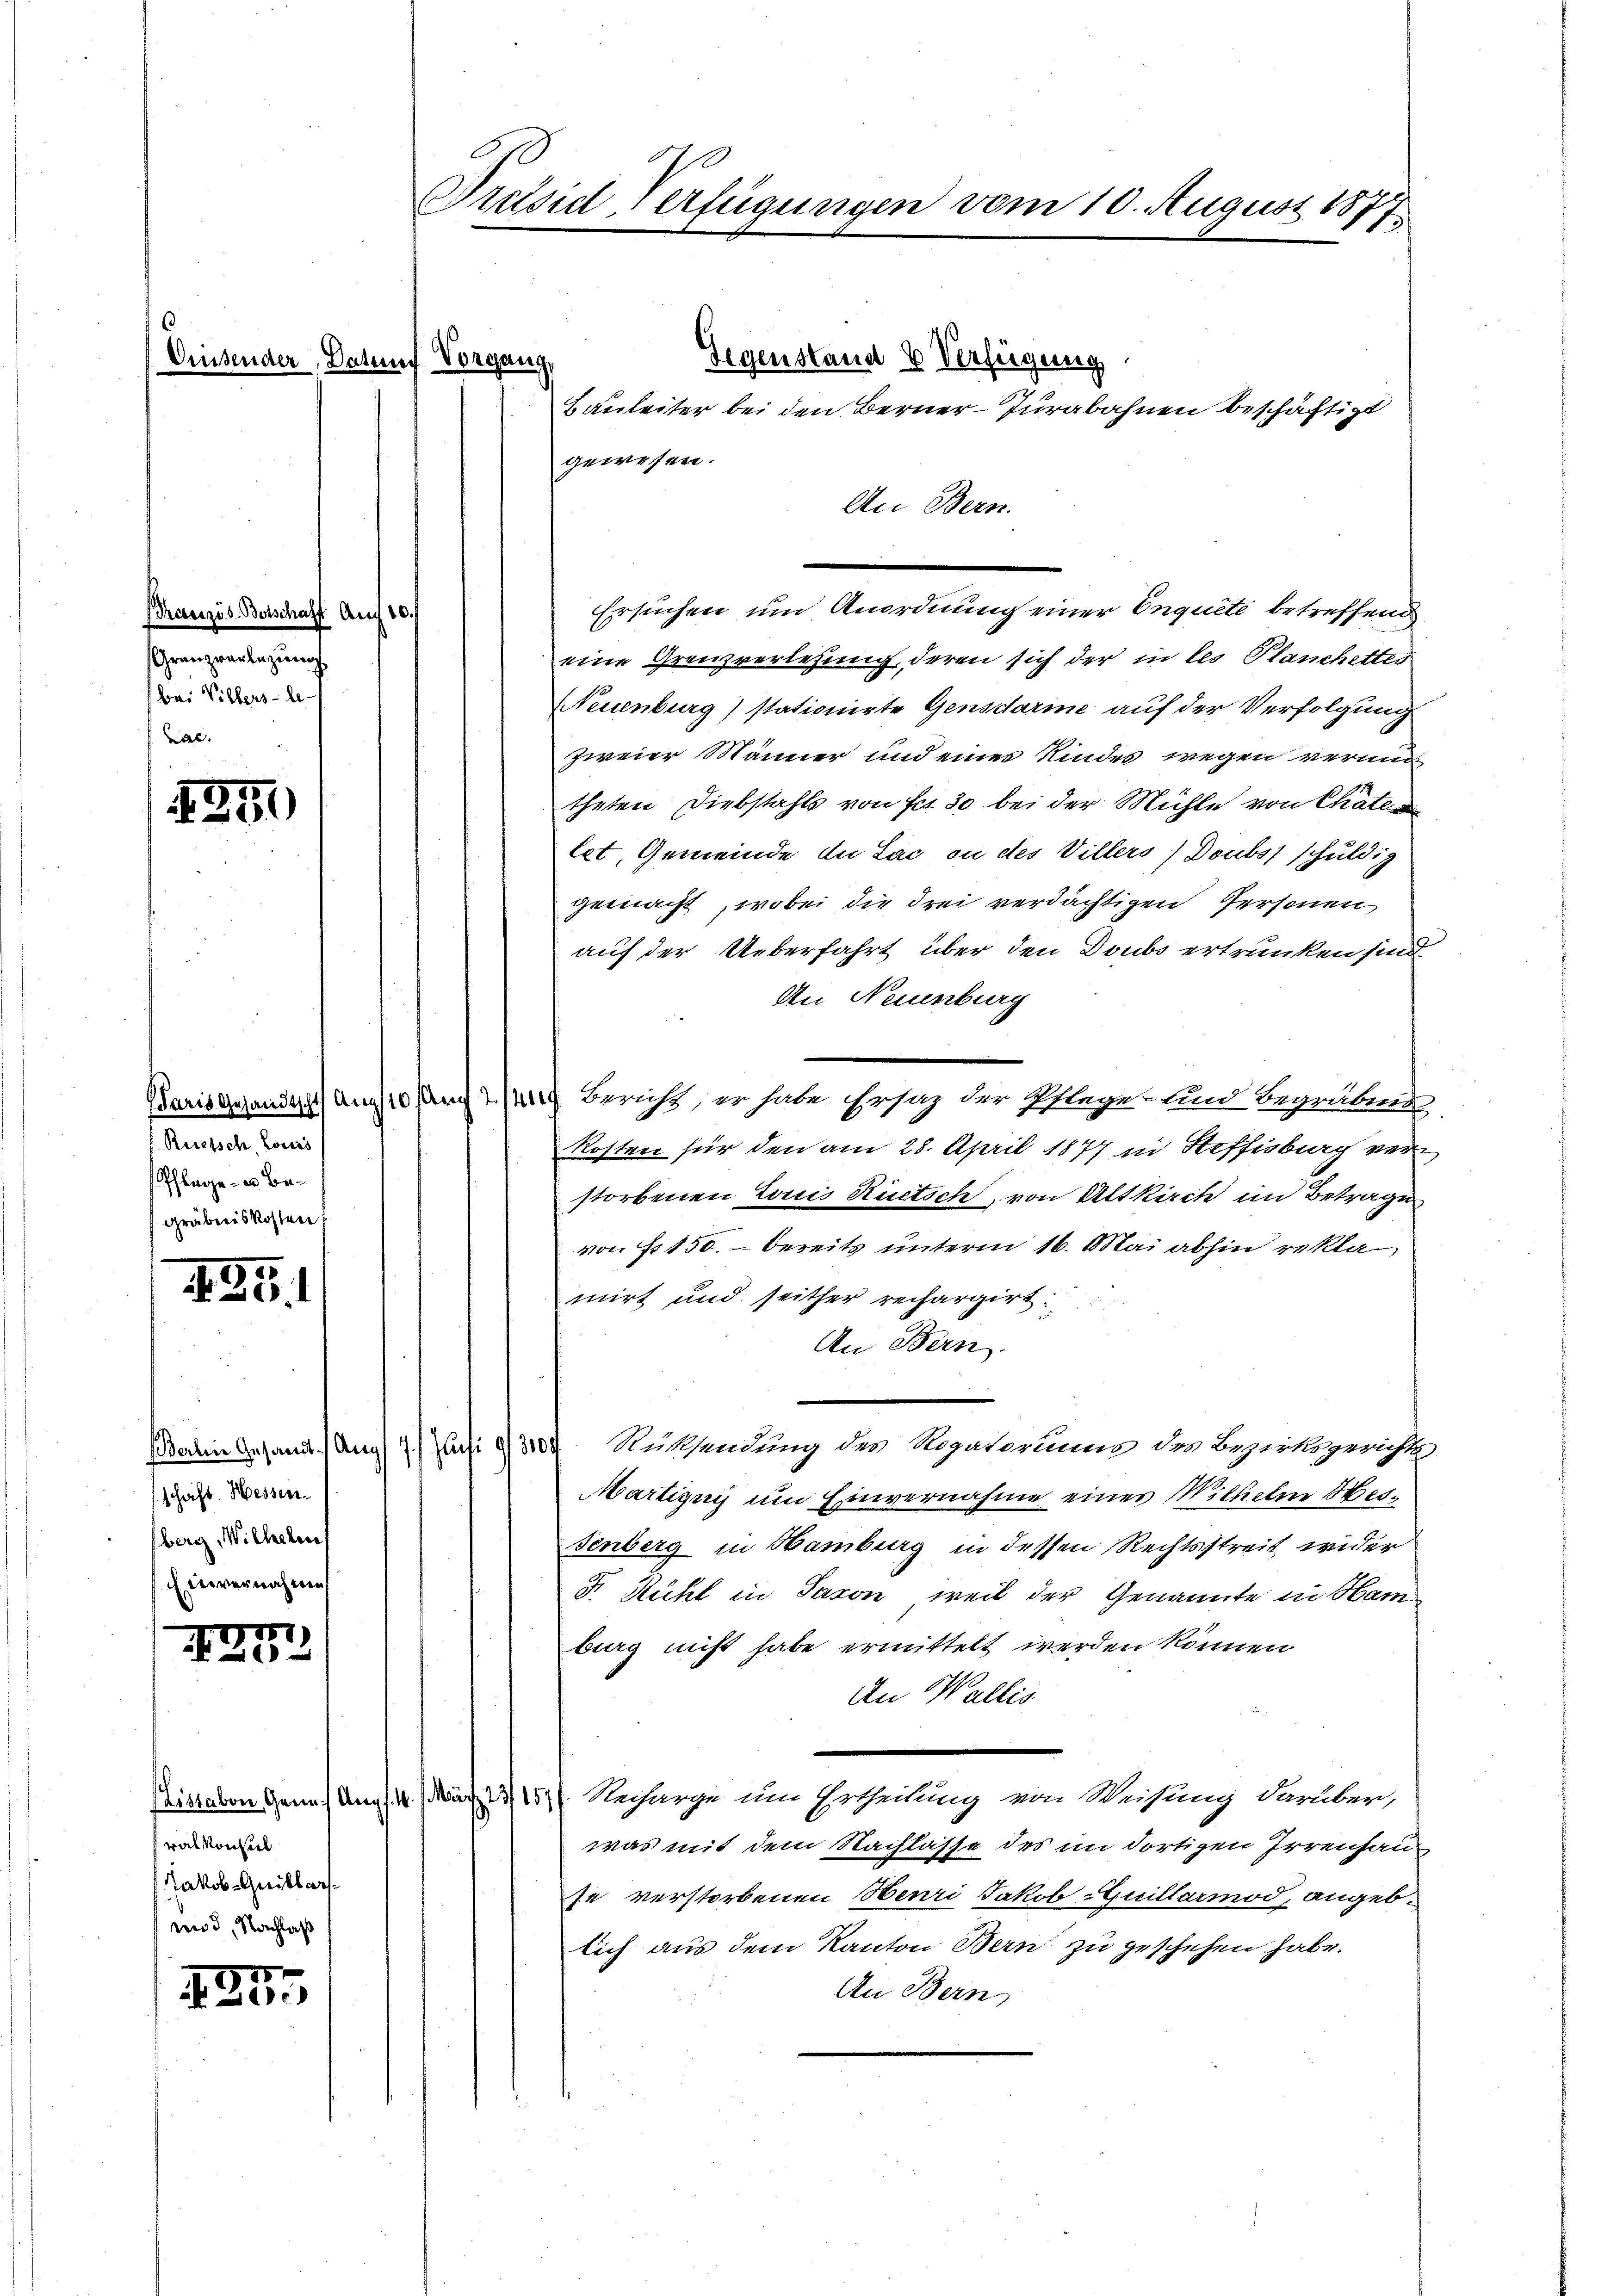
Eisender, Do

Französ. Botschaft An
Granzverlegung
bei Villers - be-

1251

Paris Gesandtscht An¬
Reietsch, Louiss
Pflage - u Begräbniskosten

425.

schäft. Hessen.
sberg, Wilhelm
Einvernahme

57.
423.

wal Konstel
Jakob Guillars¬
und, Nachlaß

515
a 200.

Präsid-Verfügungen vom 10. August 1877.

auf Vore

Gegenstand & Verfügung
gang
B anleiter bei den Berner-Turabahnen beschäftigt
gewesen.
An Bern.

Ersuchen um Anordnung einer Enquete betreffend
0
eine Grenzverlesung, deren sich der in les Planchetter
Neuenburg) stationirte Gensdarme auf der Verfolgung
zweier Männer und eines Kindes wegen vermi
theten Diebstahls von Fr. 30 bei der Mühle von Chäter
let, Gemeinde du Lac in des Villers) Doubs schuldig
gemacht, wobei die drei verdächtigen Personen
auf der Ueberfahrt über den Doubs ertrunken sind,
An Neuenburg
910 such u. spre
Bericht, er habe Ersatz der Pflege und Begräbnis
Kosten für den am 28. April 1877 in Steffisburg verstorbenen Louis Rüetsch, von Altkirch im Betrage
von Fr. 150. bereits unterm 16. Mai abhin reklamirt und seither rechargirt:
An Bern
Darin Gesandt. Am 2. Juli 1888 Rüksendung des Rogatoriums des Bezirksgerichts
Martignis um Einvernahme eines Wilhelm Messenberg in Hamburg in dessen Rechtsstreit wider
F. Kühl in Saxon, weil der Genannte in Ham
burg nicht habe ermittelt werden können
An Wallis
Geistaben Genes Aug. 1157. Recharge um Ertheilung von Weisung darüber,
was mit dem Nachlasse des im dortigen Irrenhause verstorbenen Neuri Jakob Guillarmod, angeblich aus dem Kanton Bern zu geschehen habe.
An Bern,